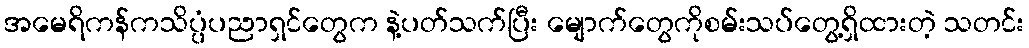
အမေရိကန်ကသိပ္ပံပညာရှင်တွေက နဲ့ပတ်သက်ပြီး မျောက်တွေကိုစမ်းသပ်တွေ့ရှိထားတဲ့ သတင်း